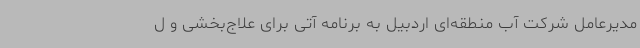
مدیرعامل شرکت آب منطقه‌ای اردبیل به برنامه آتی برای علاج‌بخشی و ل